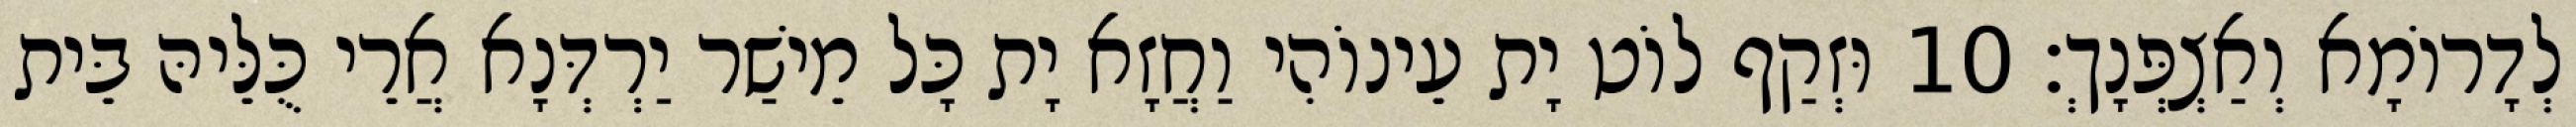
לְדָרוֹמָא וְאַצְפְּנָךְ׃ 10 וּזְקַף לוֹט יָת עֵינוֹהִי וַחֲזָא יָת כָּל מֵישַׁר יַרְדְּנָא אֲרֵי כֻּלֵּיהּ בֵּית